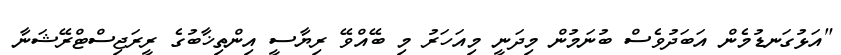
"އަޅުގަނޑުމެން އަބަދުވެސް ބުނަމުން މިދަނީ މިއަހަރު މި ބޭއްވޭ ރިޔާސީ އިންތިޚާބުގެ ރީރަޖިސްޓްރޭޝަނާ